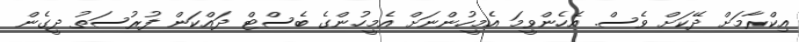
އިކްރާމަށް ދޭކަށް ވެސް. އެހެންވީމަ އެމީހުންނަށް އެމީހުންގެ ބެސްޓް ދައްކަން ފުރުސަތު ދީގެން